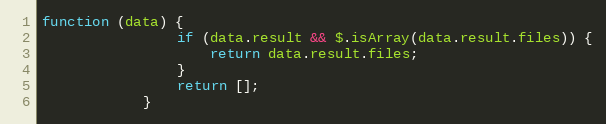
Language: JavaScript
function (data) {
                if (data.result && $.isArray(data.result.files)) {
                    return data.result.files;
                }
                return [];
            }